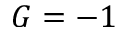
G = - 1